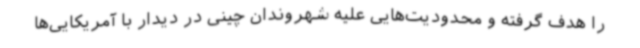
را هدف گرفته و محدودیت‌هایی علیه شهروندان چینی در دیدار با آمریکایی‌ها